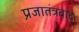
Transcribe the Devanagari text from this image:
प्रजातंत्रवाद